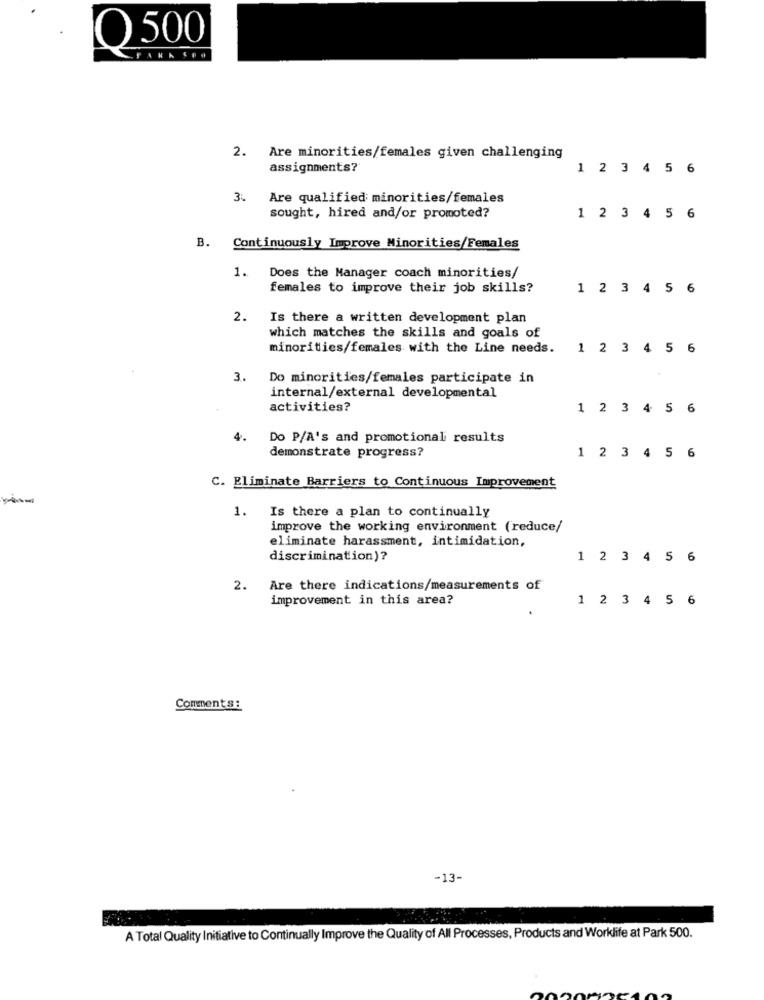
Q 500
2. Are minorities/females given challenging
assignments?
1 2 3 4 5 6
3. Are qualified minorities/females
sought, hired and/or promoted?
1 2 3 4 5 6
B. Continuously Improve Minorities/Females
1. Does the Manager coach minorities/
females to improve their job skills?
1 2 3 4 5 6
2.
Is there a written development plan
which matches the skills and goals of
minorities/females with the Line needs.
1 2 3 4 5
6
3.
Do minorities/females participate in
internal/external developmental
activities?
1 2 3 4 5 6
4.
Do P/A's and promotional results
demonstrate progress?
1 2 3 4 5 6
C. Eliminate Barriers to Continuous Improvement
-
1. Is there a plan to continually
improve the working environment (reduce/
eliminate harassment, intimidation,
discrimination)?
1 2 3 4 5 6
2. Are there indications/measurements of
improvement in this area?
1 2 3 4 5 6
Comments:
-13-
A Total Quality Initiative to Continually Improve the Quality of All Processes, Products and Worklife at Park 500.